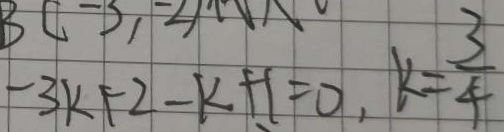
- 3 k + 2 - k + 1 = 0 , k = \frac { 3 } { 4 }